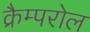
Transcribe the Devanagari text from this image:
क्रैम्परोल